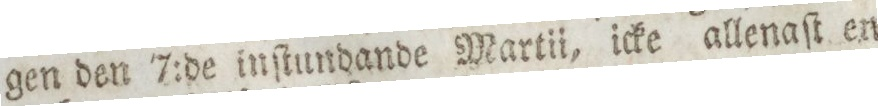
gen den 7:de inſtundande Martii, icke allenaſt en